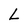
Character: L